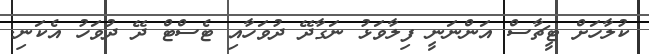
ކުލާހަށް ޓީޗާސް އަންނަނީ ފިލާވަޅު ނަގާދޭ ދުވަހާއި ޓެސްޓް ދޭ ދުވަހު އެކަނި.